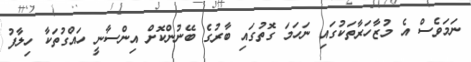
ނަމަވެސް އެ މުޒާހަރާތަކުގައި ނަހަމަ ގޮތުގައި ބާރުގެ ބޭނުންކޮށް އިންސާނީ ހައްގުތަކާ ހިލާފު